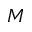
M